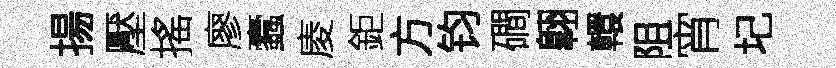
揚壓搖廖蠧庱鉅方钧磵翺轘阻宵圮